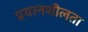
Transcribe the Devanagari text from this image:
प्रयत्नशीलता